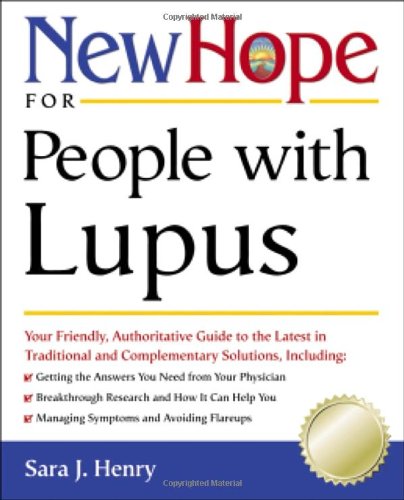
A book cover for New Hope for People with Lupus: Your Friendly, Authoritive Guide to the Latest in Traditional and Complementary Solutions; Theresa Foy Digeronimo; Health, Fitness & Dieting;